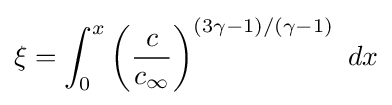
\xi =\int _{0}^{x}\left({\frac {c}{c_{\infty }}}\right)^{(3\gamma -1)/(\gamma -1)}\ dx